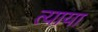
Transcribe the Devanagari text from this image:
त्याया